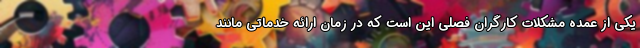
یکی از عمده مشکلات کارگران فصلی این است که در زمان ارائه خدماتی مانند